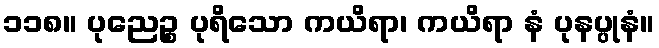
၁၁၈။ ပုညေဉ္စ ပုရိသော ကယိရာ၊ ကယိရာ နံ ပုနပ္ပုနံ။